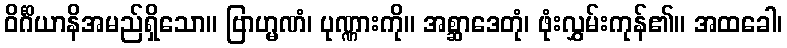
ဝိင်္ဂိယာနိအမည်ရှိသော။ ဗြာဟ္မဏံ၊ ပုဏ္ဏားကို။ အစ္ဆာဒေတုံ၊ ဖုံးလွှမ်းကုန်၏။ အထခေါ၊